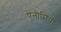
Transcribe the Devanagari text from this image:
ऐनीमिया